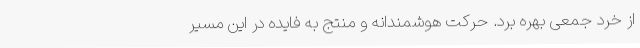
از خرد جمعی بهره برد. حرکت هوشمندانه و منتج به فایده در این مسیر